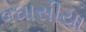
વઘાસીયા